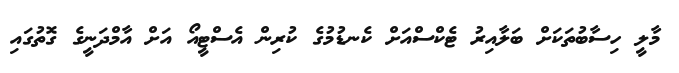
މާލީ ހިސާބުތަކަށް ބަލާއިރު ޓެކްސްއަށް ކެނޑުމުގެ ކުރިން އެސްޓީއޯ އަށް އާމްދަނީގެ ގޮތުގައި